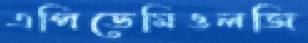
এপিডেমিওলজি